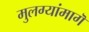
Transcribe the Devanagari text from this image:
मुलग्यांमागॆ